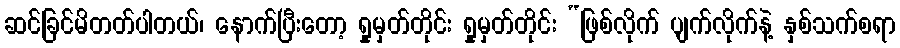
ဆင်ခြင်မိတတ်ပါတယ်၊ နောက်ပြီးတော့ ရှုမှတ်တိုင်း ရှုမှတ်တိုင်း “ဖြစ်လိုက် ပျက်လိုက်နဲ့ နှစ်သက်စရာ